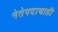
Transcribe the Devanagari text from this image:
नेतेपदाचाही